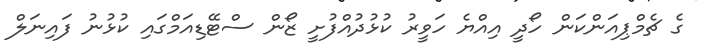
ގެ ޗެމްޕިއަންކަން ހޯދީ އިއްޔެ ހަވީރު ކުޅުދުއްފުށީ ޒޯން ސްޓޭޑިއަމްގައި ކުޅުނު ފައިނަލް